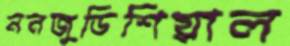
ননজুডিশিয়াল